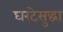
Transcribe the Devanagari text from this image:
घरटेसुद्धा